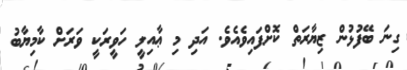
ގިނަ ބޭފުޅުން ޒިޔާރަތް ކޮށްފައިވެއެވެ. އަދި މި ޢާއިލީ ހަވީރަކީ ވަރަށް ކާމިޔާބު